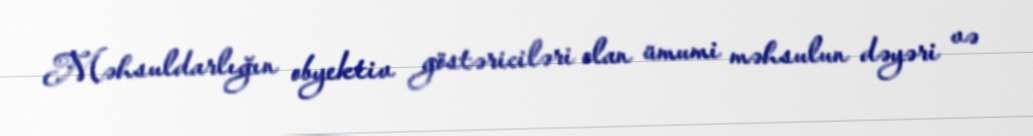
Məhsuldarlığın obyektiv göstəriciləri olan ümumi məhsulun dəyəri və